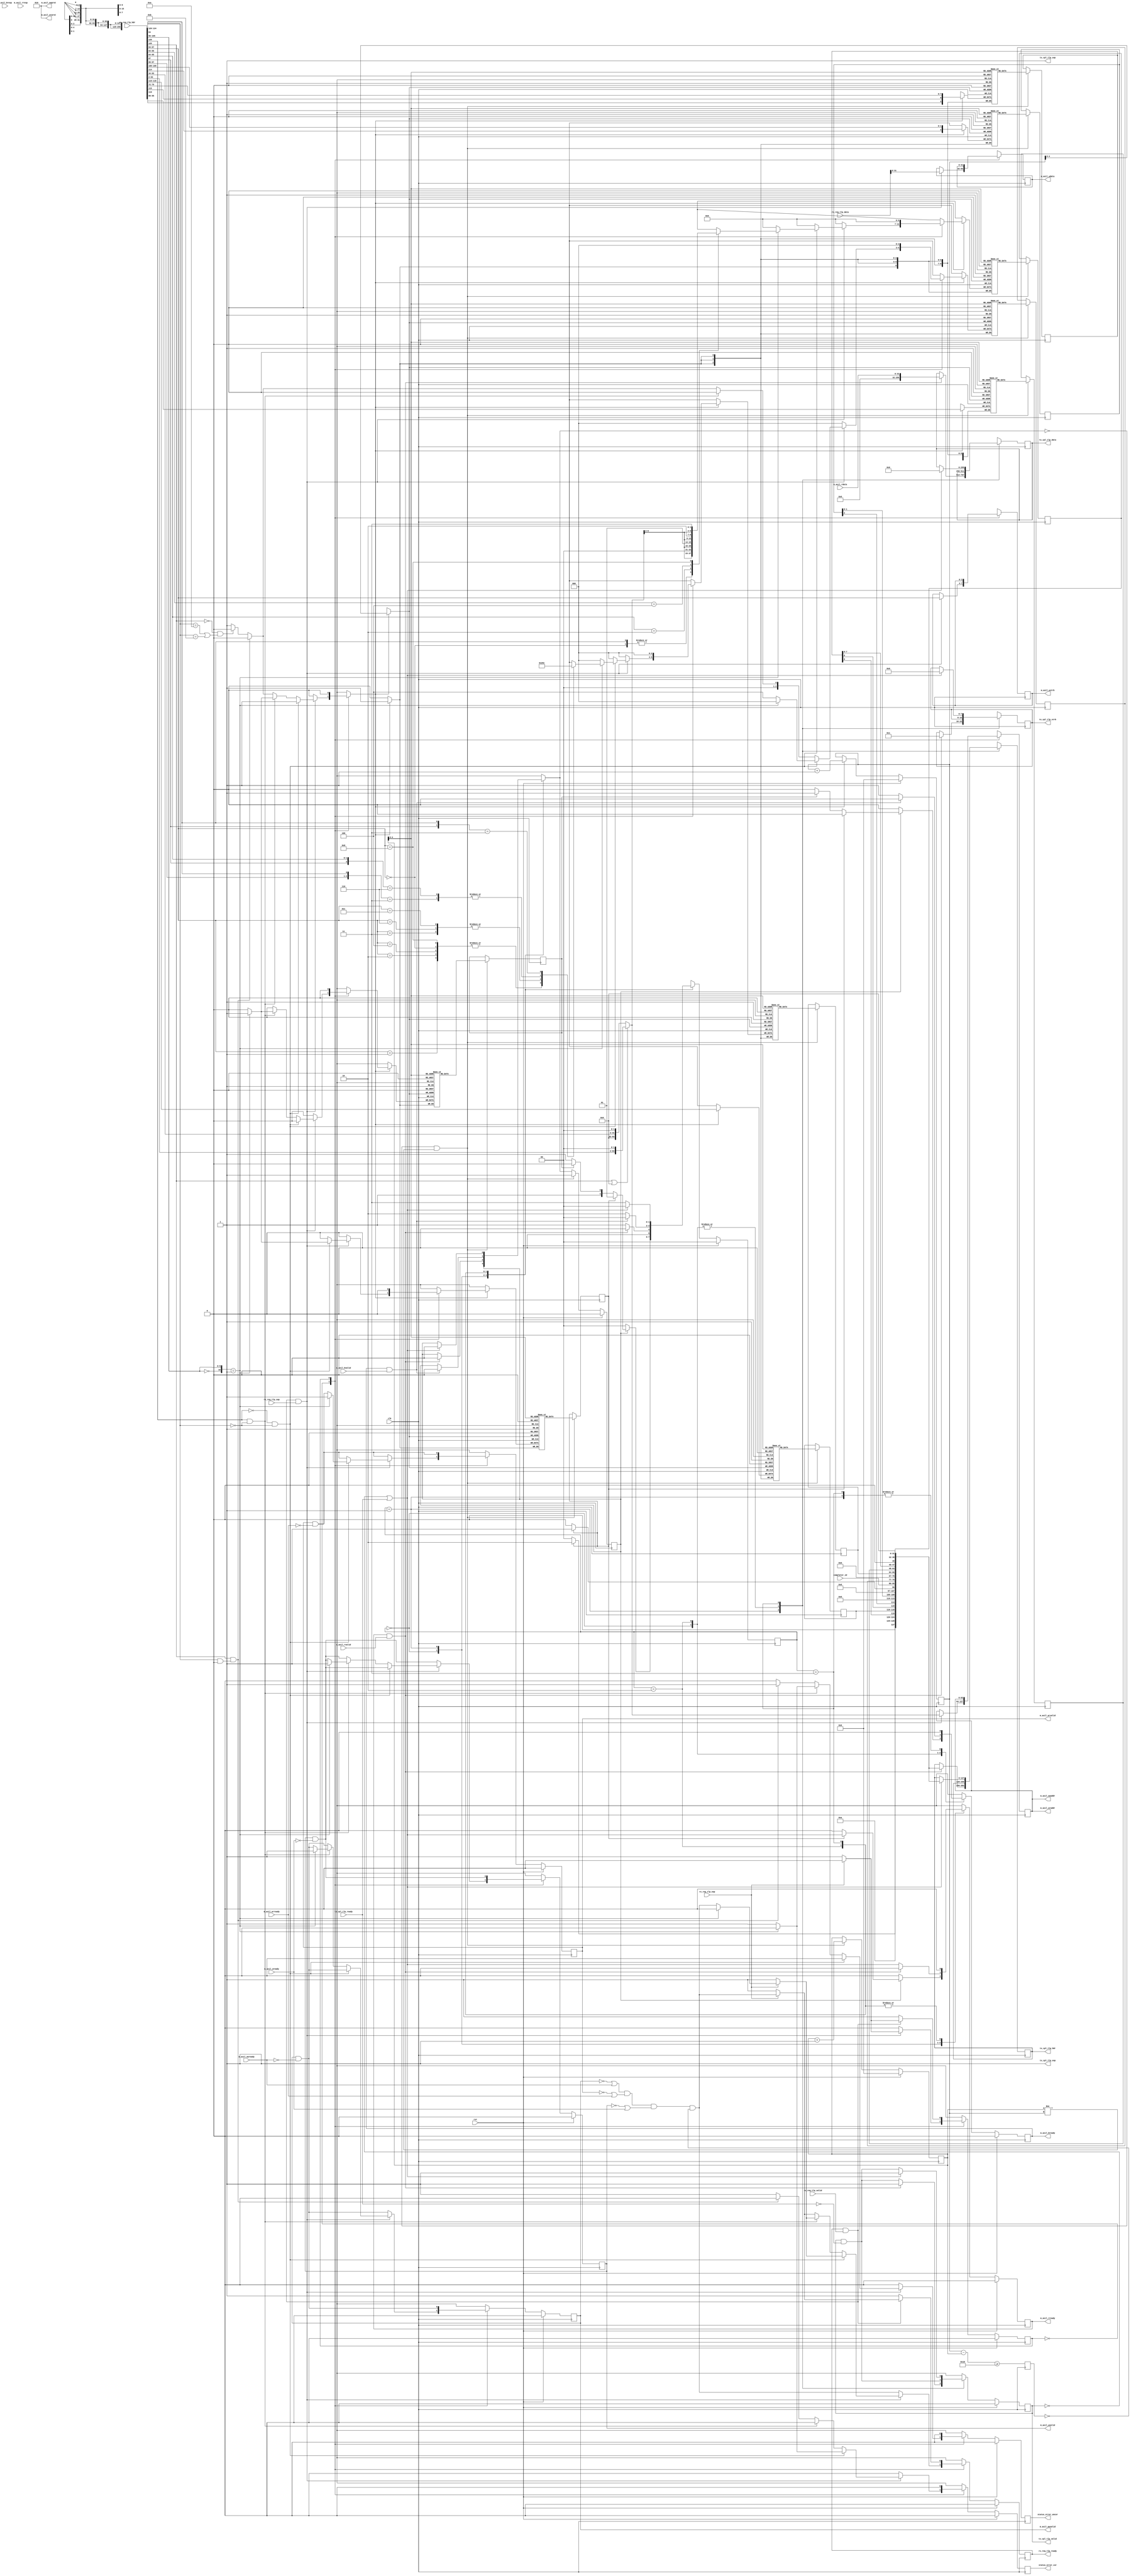
/*

Copyright (c) 2021 Alex Forencich

Permission is hereby granted, free of charge, to any person obtaining a copy
of this software and associated documentation files (the "Software"), to deal
in the Software without restriction, including without limitation the rights
to use, copy, modify, merge, publish, distribute, sublicense, and/or sell
copies of the Software, and to permit persons to whom the Software is
furnished to do so, subject to the following conditions:

The above copyright notice and this permission notice shall be included in
all copies or substantial portions of the Software.

THE SOFTWARE IS PROVIDED "AS IS", WITHOUT WARRANTY OF ANY KIND, EXPRESS OR
IMPLIED, INCLUDING BUT NOT LIMITED TO THE WARRANTIES OF MERCHANTABILITY
FITNESS FOR A PARTICULAR PURPOSE AND NONINFRINGEMENT. IN NO EVENT SHALL THE
AUTHORS OR COPYRIGHT HOLDERS BE LIABLE FOR ANY CLAIM, DAMAGES OR OTHER
LIABILITY, WHETHER IN AN ACTION OF CONTRACT, TORT OR OTHERWISE, ARISING FROM,
OUT OF OR IN CONNECTION WITH THE SOFTWARE OR THE USE OR OTHER DEALINGS IN
THE SOFTWARE.

*/

// Language: Verilog 2001

`resetall
`timescale 1ns / 1ps
`default_nettype none

/*
 * PCIe AXI Lite Master (minimal version, supports only aligned, 1 DW operations)
 */
module pcie_axil_master_minimal #
(
    // TLP data width
    parameter TLP_DATA_WIDTH = 256,
    // TLP strobe width
    parameter TLP_STRB_WIDTH = TLP_DATA_WIDTH/32,
    // TLP header width
    parameter TLP_HDR_WIDTH = 128,
    // TLP segment count
    parameter TLP_SEG_COUNT = 1,
    // Width of AXI lite data bus in bits
    parameter AXIL_DATA_WIDTH = 32,
    // Width of AXI lite address bus in bits
    parameter AXIL_ADDR_WIDTH = 64,
    // Width of AXI lite wstrb (width of data bus in words)
    parameter AXIL_STRB_WIDTH = (AXIL_DATA_WIDTH/8),
    // Force 64 bit address
    parameter TLP_FORCE_64_BIT_ADDR = 0
)
(
    input  wire                                    clk,
    input  wire                                    rst,

    /*
     * TLP input (request)
     */
    input  wire [TLP_DATA_WIDTH-1:0]               rx_req_tlp_data,
    input  wire [TLP_SEG_COUNT*TLP_HDR_WIDTH-1:0]  rx_req_tlp_hdr,
    input  wire [TLP_SEG_COUNT-1:0]                rx_req_tlp_valid,
    input  wire [TLP_SEG_COUNT-1:0]                rx_req_tlp_sop,
    input  wire [TLP_SEG_COUNT-1:0]                rx_req_tlp_eop,
    output wire                                    rx_req_tlp_ready,

    /*
     * TLP output (completion)
     */
    output wire [TLP_DATA_WIDTH-1:0]               tx_cpl_tlp_data,
    output wire [TLP_STRB_WIDTH-1:0]               tx_cpl_tlp_strb,
    output wire [TLP_SEG_COUNT*TLP_HDR_WIDTH-1:0]  tx_cpl_tlp_hdr,
    output wire [TLP_SEG_COUNT-1:0]                tx_cpl_tlp_valid,
    output wire [TLP_SEG_COUNT-1:0]                tx_cpl_tlp_sop,
    output wire [TLP_SEG_COUNT-1:0]                tx_cpl_tlp_eop,
    input  wire                                    tx_cpl_tlp_ready,

    /*
     * AXI Lite Master output
     */
    output wire [AXIL_ADDR_WIDTH-1:0]              m_axil_awaddr,
    output wire [2:0]                              m_axil_awprot,
    output wire                                    m_axil_awvalid,
    input  wire                                    m_axil_awready,
    output wire [AXIL_DATA_WIDTH-1:0]              m_axil_wdata,
    output wire [AXIL_STRB_WIDTH-1:0]              m_axil_wstrb,
    output wire                                    m_axil_wvalid,
    input  wire                                    m_axil_wready,
    input  wire [1:0]                              m_axil_bresp,
    input  wire                                    m_axil_bvalid,
    output wire                                    m_axil_bready,
    output wire [AXIL_ADDR_WIDTH-1:0]              m_axil_araddr,
    output wire [2:0]                              m_axil_arprot,
    output wire                                    m_axil_arvalid,
    input  wire                                    m_axil_arready,
    input  wire [AXIL_DATA_WIDTH-1:0]              m_axil_rdata,
    input  wire [1:0]                              m_axil_rresp,
    input  wire                                    m_axil_rvalid,
    output wire                                    m_axil_rready,

    /*
     * Configuration
     */
    input  wire [15:0]                             completer_id,

    /*
     * Status
     */
    output wire                                    status_error_cor,
    output wire                                    status_error_uncor
);

parameter TLP_DATA_WIDTH_BYTES = TLP_DATA_WIDTH/8;
parameter TLP_DATA_WIDTH_DWORDS = TLP_DATA_WIDTH/32;

parameter RESP_FIFO_ADDR_WIDTH = 5;

// bus width assertions
initial begin
    if (TLP_SEG_COUNT != 1) begin
        $error("Error: TLP segment count must be 1 (instance %m)");
        $finish;
    end

    if (TLP_HDR_WIDTH != 128) begin
        $error("Error: TLP segment header width must be 128 (instance %m)");
        $finish;
    end

    if (TLP_STRB_WIDTH*32 != TLP_DATA_WIDTH) begin
        $error("Error: PCIe interface requires dword (32-bit) granularity (instance %m)");
        $finish;
    end

    if (AXIL_DATA_WIDTH != 32) begin
        $error("Error: AXI lite interface width must be 32 (instance %m)");
        $finish;
    end

    if (AXIL_STRB_WIDTH * 8 != AXIL_DATA_WIDTH) begin
        $error("Error: AXI lite interface requires byte (8-bit) granularity (instance %m)");
        $finish;
    end
end

localparam [2:0]
    TLP_FMT_3DW = 3'b000,
    TLP_FMT_4DW = 3'b001,
    TLP_FMT_3DW_DATA = 3'b010,
    TLP_FMT_4DW_DATA = 3'b011,
    TLP_FMT_PREFIX = 3'b100;

localparam [2:0]
    CPL_STATUS_SC  = 3'b000, // successful completion
    CPL_STATUS_UR  = 3'b001, // unsupported request
    CPL_STATUS_CRS = 3'b010, // configuration request retry status
    CPL_STATUS_CA  = 3'b100; // completer abort

localparam [0:0]
    REQ_STATE_IDLE = 1'd0,
    REQ_STATE_WAIT_END = 1'd1;

reg [0:0] req_state_reg = REQ_STATE_IDLE, req_state_next;

localparam [1:0]
    RESP_STATE_IDLE = 2'd0,
    RESP_STATE_READ = 2'd1,
    RESP_STATE_WRITE = 2'd2,
    RESP_STATE_CPL = 2'd3;

reg [1:0] resp_state_reg = RESP_STATE_IDLE, resp_state_next;

reg [2:0] rx_req_tlp_hdr_fmt;
reg [4:0] rx_req_tlp_hdr_type;
reg [2:0] rx_req_tlp_hdr_tc;
reg rx_req_tlp_hdr_ln;
reg rx_req_tlp_hdr_th;
reg rx_req_tlp_hdr_td;
reg rx_req_tlp_hdr_ep;
reg [2:0] rx_req_tlp_hdr_attr;
reg [1:0] rx_req_tlp_hdr_at;
reg [10:0] rx_req_tlp_hdr_length;
reg [15:0] rx_req_tlp_hdr_requester_id;
reg [9:0] rx_req_tlp_hdr_tag;
reg [7:0] rx_req_tlp_hdr_last_be;
reg [7:0] rx_req_tlp_hdr_first_be;
reg [63:0] rx_req_tlp_hdr_addr;
reg [1:0] rx_req_tlp_hdr_ph;

reg [127:0] cpl_tlp_hdr;

reg [RESP_FIFO_ADDR_WIDTH+1-1:0] resp_fifo_wr_ptr_reg = 0;
reg [RESP_FIFO_ADDR_WIDTH+1-1:0] resp_fifo_rd_ptr_reg = 0, resp_fifo_rd_ptr_next;

(* ram_style = "distributed", ramstyle = "no_rw_check, mlab" *)
reg resp_fifo_op_read[(2**RESP_FIFO_ADDR_WIDTH)-1:0];
(* ram_style = "distributed", ramstyle = "no_rw_check, mlab" *)
reg resp_fifo_op_write[(2**RESP_FIFO_ADDR_WIDTH)-1:0];
(* ram_style = "distributed", ramstyle = "no_rw_check, mlab" *)
reg [2:0] resp_fifo_cpl_status[(2**RESP_FIFO_ADDR_WIDTH)-1:0];
(* ram_style = "distributed", ramstyle = "no_rw_check, mlab" *)
reg [2:0] resp_fifo_byte_count[(2**RESP_FIFO_ADDR_WIDTH)-1:0];
(* ram_style = "distributed", ramstyle = "no_rw_check, mlab" *)
reg [6:0] resp_fifo_lower_addr[(2**RESP_FIFO_ADDR_WIDTH)-1:0];
(* ram_style = "distributed", ramstyle = "no_rw_check, mlab" *)
reg [15:0] resp_fifo_requester_id[(2**RESP_FIFO_ADDR_WIDTH)-1:0];
(* ram_style = "distributed", ramstyle = "no_rw_check, mlab" *)
reg [9:0] resp_fifo_tag[(2**RESP_FIFO_ADDR_WIDTH)-1:0];
(* ram_style = "distributed", ramstyle = "no_rw_check, mlab" *)
reg [2:0] resp_fifo_tc[(2**RESP_FIFO_ADDR_WIDTH)-1:0];
(* ram_style = "distributed", ramstyle = "no_rw_check, mlab" *)
reg [2:0] resp_fifo_attr[(2**RESP_FIFO_ADDR_WIDTH)-1:0];

reg resp_fifo_wr_op_read;
reg resp_fifo_wr_op_write;
reg [2:0] resp_fifo_wr_cpl_status;
reg [2:0] resp_fifo_wr_byte_count;
reg [6:0] resp_fifo_wr_lower_addr;
reg [15:0] resp_fifo_wr_requester_id;
reg [9:0] resp_fifo_wr_tag;
reg [2:0] resp_fifo_wr_tc;
reg [2:0] resp_fifo_wr_attr;
reg resp_fifo_we;
reg resp_fifo_half_full_reg = 1'b0;

reg resp_fifo_rd_op_read_reg = 1'b0, resp_fifo_rd_op_read_next;
reg resp_fifo_rd_op_write_reg = 1'b0, resp_fifo_rd_op_write_next;
reg [2:0] resp_fifo_rd_cpl_status_reg = CPL_STATUS_SC, resp_fifo_rd_cpl_status_next;
reg [2:0] resp_fifo_rd_byte_count_reg = 3'd0, resp_fifo_rd_byte_count_next;
reg [6:0] resp_fifo_rd_lower_addr_reg = 7'd0, resp_fifo_rd_lower_addr_next;
reg [15:0] resp_fifo_rd_requester_id_reg = 16'd0, resp_fifo_rd_requester_id_next;
reg [9:0] resp_fifo_rd_tag_reg = 10'd0, resp_fifo_rd_tag_next;
reg [2:0] resp_fifo_rd_tc_reg = 3'd0, resp_fifo_rd_tc_next;
reg [2:0] resp_fifo_rd_attr_reg = 3'd0, resp_fifo_rd_attr_next;
reg resp_fifo_rd_valid_reg = 1'b0, resp_fifo_rd_valid_next;

reg rx_req_tlp_ready_reg = 1'b0, rx_req_tlp_ready_next;

reg [TLP_DATA_WIDTH-1:0] tx_cpl_tlp_data_reg = 0, tx_cpl_tlp_data_next;
reg [TLP_STRB_WIDTH-1:0] tx_cpl_tlp_strb_reg = 0, tx_cpl_tlp_strb_next;
reg [TLP_SEG_COUNT*TLP_HDR_WIDTH-1:0] tx_cpl_tlp_hdr_reg = 0, tx_cpl_tlp_hdr_next;
reg [TLP_SEG_COUNT-1:0] tx_cpl_tlp_valid_reg = 0, tx_cpl_tlp_valid_next;

reg [AXIL_ADDR_WIDTH-1:0] m_axil_addr_reg = {AXIL_ADDR_WIDTH{1'b0}}, m_axil_addr_next;
reg m_axil_awvalid_reg = 1'b0, m_axil_awvalid_next;
reg [AXIL_DATA_WIDTH-1:0] m_axil_wdata_reg = {AXIL_DATA_WIDTH{1'b0}}, m_axil_wdata_next;
reg [AXIL_STRB_WIDTH-1:0] m_axil_wstrb_reg = {AXIL_STRB_WIDTH{1'b0}}, m_axil_wstrb_next;
reg m_axil_wvalid_reg = 1'b0, m_axil_wvalid_next;
reg m_axil_bready_reg = 1'b0, m_axil_bready_next;
reg m_axil_arvalid_reg = 1'b0, m_axil_arvalid_next;
reg m_axil_rready_reg = 1'b0, m_axil_rready_next;

reg status_error_cor_reg = 1'b0, status_error_cor_next;
reg status_error_uncor_reg = 1'b0, status_error_uncor_next;

assign rx_req_tlp_ready = rx_req_tlp_ready_reg;

assign tx_cpl_tlp_data = tx_cpl_tlp_data_reg;
assign tx_cpl_tlp_strb = tx_cpl_tlp_strb_reg;
assign tx_cpl_tlp_hdr = tx_cpl_tlp_hdr_reg;
assign tx_cpl_tlp_valid = tx_cpl_tlp_valid_reg;
assign tx_cpl_tlp_sop = 1'b1;
assign tx_cpl_tlp_eop = 1'b1;

assign m_axil_awaddr = m_axil_addr_reg;
assign m_axil_awprot = 3'b010;
assign m_axil_awvalid = m_axil_awvalid_reg;
assign m_axil_wdata = m_axil_wdata_reg;
assign m_axil_wstrb = m_axil_wstrb_reg;
assign m_axil_wvalid = m_axil_wvalid_reg;
assign m_axil_bready = m_axil_bready_reg;
assign m_axil_araddr = m_axil_addr_reg;
assign m_axil_arprot = 3'b010;
assign m_axil_arvalid = m_axil_arvalid_reg;
assign m_axil_rready = m_axil_rready_reg;

assign status_error_cor = status_error_cor_reg;
assign status_error_uncor = status_error_uncor_reg;

always @* begin
    req_state_next = REQ_STATE_IDLE;

    rx_req_tlp_ready_next = 1'b0;

    m_axil_addr_next = m_axil_addr_reg;
    m_axil_awvalid_next = m_axil_awvalid_reg && !m_axil_awready;
    m_axil_wdata_next = m_axil_wdata_reg;
    m_axil_wstrb_next = m_axil_wstrb_reg;
    m_axil_wvalid_next = m_axil_wvalid_reg && !m_axil_wready;
    m_axil_arvalid_next = m_axil_arvalid_reg && !m_axil_arready;

    status_error_cor_next = 1'b0;
    status_error_uncor_next = 1'b0;

    // TLP header parsing
    // DW 0
    rx_req_tlp_hdr_fmt = rx_req_tlp_hdr[127:125]; // fmt
    rx_req_tlp_hdr_type = rx_req_tlp_hdr[124:120]; // type
    rx_req_tlp_hdr_tag[9] = rx_req_tlp_hdr[119]; // T9
    rx_req_tlp_hdr_tc = rx_req_tlp_hdr[118:116]; // TC
    rx_req_tlp_hdr_tag[8] = rx_req_tlp_hdr[115]; // T8
    rx_req_tlp_hdr_attr[2] = rx_req_tlp_hdr[114]; // attr
    rx_req_tlp_hdr_ln = rx_req_tlp_hdr[113]; // LN
    rx_req_tlp_hdr_th = rx_req_tlp_hdr[112]; // TH
    rx_req_tlp_hdr_td = rx_req_tlp_hdr[111]; // TD
    rx_req_tlp_hdr_ep = rx_req_tlp_hdr[110]; // EP
    rx_req_tlp_hdr_attr[1:0] = rx_req_tlp_hdr[109:108]; // attr
    rx_req_tlp_hdr_at = rx_req_tlp_hdr[107:106]; // AT
    rx_req_tlp_hdr_length = {rx_req_tlp_hdr[105:96] == 0, rx_req_tlp_hdr[105:96]}; // length
    // DW 1
    rx_req_tlp_hdr_requester_id = rx_req_tlp_hdr[95:80]; // requester ID
    rx_req_tlp_hdr_tag[7:0] = rx_req_tlp_hdr[79:72]; // tag
    rx_req_tlp_hdr_last_be = rx_req_tlp_hdr[71:68]; // last BE
    rx_req_tlp_hdr_first_be = rx_req_tlp_hdr[67:64]; // first BE
    if (rx_req_tlp_hdr_fmt[0] || TLP_FORCE_64_BIT_ADDR) begin
        // 4 DW (64-bit address)
        // DW 2+3
        rx_req_tlp_hdr_addr = {rx_req_tlp_hdr[63:2], 2'b00}; // addr
        rx_req_tlp_hdr_ph = rx_req_tlp_hdr[1:0]; // PH
    end else begin
        // 3 DW (32-bit address)
        // DW 2
        rx_req_tlp_hdr_addr = {rx_req_tlp_hdr[63:34], 2'b00}; // addr
        rx_req_tlp_hdr_ph = rx_req_tlp_hdr[33:32]; // PH
    end

    resp_fifo_wr_op_read = 1'b0;
    resp_fifo_wr_op_write = 1'b0;
    resp_fifo_wr_cpl_status = CPL_STATUS_SC;
    resp_fifo_wr_byte_count = 3'd0;
    resp_fifo_wr_lower_addr = 7'd0;
    resp_fifo_wr_requester_id = rx_req_tlp_hdr_requester_id;
    resp_fifo_wr_tag = rx_req_tlp_hdr_tag;
    resp_fifo_wr_tc = rx_req_tlp_hdr_tc;
    resp_fifo_wr_attr = rx_req_tlp_hdr_attr;
    resp_fifo_we = 1'b0;

    case (req_state_reg)
        REQ_STATE_IDLE: begin
            // idle state; wait for request

            rx_req_tlp_ready_next = (!m_axil_awvalid_reg || m_axil_awready)
                && (!m_axil_arvalid_reg || m_axil_arready)
                && (!m_axil_wvalid_reg || m_axil_wready)
                && !resp_fifo_half_full_reg;

            if (rx_req_tlp_ready && rx_req_tlp_valid && rx_req_tlp_sop) begin
                m_axil_addr_next = rx_req_tlp_hdr_addr;
                m_axil_wdata_next = rx_req_tlp_data[31:0];
                m_axil_wstrb_next = rx_req_tlp_hdr_first_be;

                if (!rx_req_tlp_hdr_fmt[1] && rx_req_tlp_hdr_type == 5'b00000) begin
                    // read request
                    if (rx_req_tlp_hdr_length == 11'd1) begin
                        // length OK

                        // perform read
                        m_axil_arvalid_next = 1'b1;

                        // finish read and return completion
                        resp_fifo_wr_op_read = 1'b1;
                        resp_fifo_wr_op_write = 1'b0;
                        resp_fifo_wr_cpl_status = CPL_STATUS_SC;

                        casez (rx_req_tlp_hdr_first_be)
                            4'b0000: resp_fifo_wr_byte_count = 3'd1;
                            4'b0001: resp_fifo_wr_byte_count = 3'd1;
                            4'b0010: resp_fifo_wr_byte_count = 3'd1;
                            4'b0100: resp_fifo_wr_byte_count = 3'd1;
                            4'b1000: resp_fifo_wr_byte_count = 3'd1;
                            4'b0011: resp_fifo_wr_byte_count = 3'd2;
                            4'b0110: resp_fifo_wr_byte_count = 3'd2;
                            4'b1100: resp_fifo_wr_byte_count = 3'd2;
                            4'b01z1: resp_fifo_wr_byte_count = 3'd3;
                            4'b1z10: resp_fifo_wr_byte_count = 3'd3;
                            4'b1zz1: resp_fifo_wr_byte_count = 3'd4;
                        endcase

                        casez (rx_req_tlp_hdr_first_be)
                            4'b0000: resp_fifo_wr_lower_addr = {rx_req_tlp_hdr_addr[6:2], 2'b00};
                            4'bzzz1: resp_fifo_wr_lower_addr = {rx_req_tlp_hdr_addr[6:2], 2'b00};
                            4'bzz10: resp_fifo_wr_lower_addr = {rx_req_tlp_hdr_addr[6:2], 2'b01};
                            4'bz100: resp_fifo_wr_lower_addr = {rx_req_tlp_hdr_addr[6:2], 2'b10};
                            4'b1000: resp_fifo_wr_lower_addr = {rx_req_tlp_hdr_addr[6:2], 2'b11};
                        endcase

                        rx_req_tlp_ready_next = 1'b0;
                    end else begin
                        // bad length
                        // report correctable error
                        status_error_cor_next = 1'b1;

                        // return CA completion
                        resp_fifo_wr_op_read = 1'b0;
                        resp_fifo_wr_op_write = 1'b0;
                        resp_fifo_wr_cpl_status = CPL_STATUS_CA;
                        resp_fifo_wr_byte_count = 3'd0;
                        resp_fifo_wr_lower_addr = 7'd0;
                    end

                    resp_fifo_wr_requester_id = rx_req_tlp_hdr_requester_id;
                    resp_fifo_wr_tag = rx_req_tlp_hdr_tag;
                    resp_fifo_wr_tc = rx_req_tlp_hdr_tc;
                    resp_fifo_wr_attr = rx_req_tlp_hdr_attr;
                    resp_fifo_we = 1'b1;

                    if (rx_req_tlp_eop) begin
                        req_state_next = REQ_STATE_IDLE;
                    end else begin
                        rx_req_tlp_ready_next = 1'b1;
                        req_state_next = REQ_STATE_WAIT_END;
                    end
                end else if (rx_req_tlp_hdr_fmt[1] && rx_req_tlp_hdr_type == 5'b00000) begin
                    // write request
                    if (rx_req_tlp_hdr_length == 11'd1) begin
                        // length OK

                        // perform write
                        m_axil_awvalid_next = 1'b1;
                        m_axil_wvalid_next = 1'b1;

                        // entry in FIFO for proper response ordering
                        resp_fifo_wr_op_read = 1'b0;
                        resp_fifo_wr_op_write = 1'b1;
                        resp_fifo_we = 1'b1;

                        rx_req_tlp_ready_next = 1'b0;
                    end else begin
                        // bad length
                        // report uncorrectable error
                        status_error_uncor_next = 1'b1;
                    end

                    if (rx_req_tlp_eop) begin
                        req_state_next = REQ_STATE_IDLE;
                    end else begin
                        rx_req_tlp_ready_next = 1'b1;
                        req_state_next = REQ_STATE_WAIT_END;
                    end
                end else begin
                    // other request
                    if (rx_req_tlp_hdr_fmt[0] && rx_req_tlp_hdr_type & 5'b11000 == 5'b10000) begin
                        // message - posted, no completion
                        // report uncorrectable error
                        status_error_uncor_next = 1'b1;
                    end else if (!rx_req_tlp_hdr_fmt[0] && (rx_req_tlp_hdr_type == 5'b01010 || rx_req_tlp_hdr_type == 5'b01011)) begin
                        // completion TLP
                        // unexpected completion, advisory non-fatal error
                        // report correctable error
                        status_error_cor_next = 1'b1;
                    end else begin
                        // other non-posted request, send UR completion
                        // report correctable error
                        status_error_cor_next = 1'b1;

                        // UR completion
                        resp_fifo_wr_op_read = 1'b0;
                        resp_fifo_wr_op_write = 1'b0;
                        resp_fifo_wr_cpl_status = CPL_STATUS_UR;
                        resp_fifo_wr_byte_count = 3'd0;
                        resp_fifo_wr_lower_addr = 7'd0;
                        resp_fifo_wr_requester_id = rx_req_tlp_hdr_requester_id;
                        resp_fifo_wr_tag = rx_req_tlp_hdr_tag;
                        resp_fifo_wr_tc = rx_req_tlp_hdr_tc;
                        resp_fifo_wr_attr = rx_req_tlp_hdr_attr;
                        resp_fifo_we = 1'b1;
                    end

                    if (rx_req_tlp_eop) begin
                        req_state_next = REQ_STATE_IDLE;
                    end else begin
                        rx_req_tlp_ready_next = 1'b1;
                        req_state_next = REQ_STATE_WAIT_END;
                    end
                end
            end else begin
                req_state_next = REQ_STATE_IDLE;
            end
        end
        REQ_STATE_WAIT_END: begin
            // wait end state, wait for end of TLP
            rx_req_tlp_ready_next = 1'b1;

            if (rx_req_tlp_ready && rx_req_tlp_valid) begin
                if (rx_req_tlp_eop) begin

                    rx_req_tlp_ready_next = (!m_axil_awvalid_reg || m_axil_awready)
                        && (!m_axil_arvalid_reg || m_axil_arready)
                        && (!m_axil_wvalid_reg || m_axil_wready)
                        && !resp_fifo_half_full_reg;

                    req_state_next = REQ_STATE_IDLE;
                end else begin
                    req_state_next = REQ_STATE_WAIT_END;
                end
            end else begin
                req_state_next = REQ_STATE_WAIT_END;
            end
        end
    endcase
end

always @* begin
    resp_state_next = RESP_STATE_IDLE;

    resp_fifo_rd_ptr_next = resp_fifo_rd_ptr_reg;

    resp_fifo_rd_op_read_next = resp_fifo_rd_op_read_reg;
    resp_fifo_rd_op_write_next = resp_fifo_rd_op_write_reg;
    resp_fifo_rd_cpl_status_next = resp_fifo_rd_cpl_status_reg;
    resp_fifo_rd_byte_count_next = resp_fifo_rd_byte_count_reg;
    resp_fifo_rd_lower_addr_next = resp_fifo_rd_lower_addr_reg;
    resp_fifo_rd_requester_id_next = resp_fifo_rd_requester_id_reg;
    resp_fifo_rd_tag_next = resp_fifo_rd_tag_reg;
    resp_fifo_rd_tc_next = resp_fifo_rd_tc_reg;
    resp_fifo_rd_attr_next = resp_fifo_rd_attr_reg;
    resp_fifo_rd_valid_next = resp_fifo_rd_valid_reg;

    tx_cpl_tlp_data_next = tx_cpl_tlp_data_reg;
    tx_cpl_tlp_strb_next = tx_cpl_tlp_strb_reg;
    tx_cpl_tlp_hdr_next = tx_cpl_tlp_hdr_reg;
    tx_cpl_tlp_valid_next = tx_cpl_tlp_valid_reg && !tx_cpl_tlp_ready;

    m_axil_bready_next = 1'b0;
    m_axil_rready_next = 1'b0;

    // TLP header
    // DW 0
    cpl_tlp_hdr[127:125] = resp_fifo_rd_op_read_reg ? TLP_FMT_3DW_DATA : TLP_FMT_3DW; // fmt
    cpl_tlp_hdr[124:120] = 5'b01010; // type
    cpl_tlp_hdr[119] = resp_fifo_rd_tag_reg[9]; // T9
    cpl_tlp_hdr[118:116] = resp_fifo_rd_tc_reg; // TC
    cpl_tlp_hdr[115] = resp_fifo_rd_tag_reg[8]; // T8
    cpl_tlp_hdr[114] = resp_fifo_rd_attr_reg[2]; // attr
    cpl_tlp_hdr[113] = 1'b0; // LN
    cpl_tlp_hdr[112] = 1'b0; // TH
    cpl_tlp_hdr[111] = 1'b0; // TD
    cpl_tlp_hdr[110] = 1'b0; // EP
    cpl_tlp_hdr[109:108] = resp_fifo_rd_attr_reg[1:0]; // attr
    cpl_tlp_hdr[107:106] = 2'b00; // AT
    cpl_tlp_hdr[105:96] = resp_fifo_rd_op_read_reg ? 1 : 0; // length
    // DW 1
    cpl_tlp_hdr[95:80] = completer_id; // completer ID
    cpl_tlp_hdr[79:77] = resp_fifo_rd_cpl_status_reg; // completion status
    cpl_tlp_hdr[76] = 1'b0; // BCM
    cpl_tlp_hdr[75:64] = resp_fifo_rd_byte_count_reg; // byte count
    // DW 2
    cpl_tlp_hdr[63:48] = resp_fifo_rd_requester_id_reg; // requester ID
    cpl_tlp_hdr[47:40] = resp_fifo_rd_tag_reg[7:0]; // tag
    cpl_tlp_hdr[39] = 1'b0;
    cpl_tlp_hdr[38:32] = resp_fifo_rd_lower_addr_reg; // lower address
    cpl_tlp_hdr[31:0] = 32'd0;

    case (resp_state_reg)
        RESP_STATE_IDLE: begin
            // idle state - wait for operation

            if (resp_fifo_rd_valid_reg) begin
                if (resp_fifo_rd_op_read_reg) begin
                    m_axil_rready_next = !tx_cpl_tlp_valid_reg || tx_cpl_tlp_ready;
                    resp_state_next = RESP_STATE_READ;
                end else if (resp_fifo_rd_op_write_reg) begin
                    m_axil_bready_next = 1'b1;
                    resp_state_next = RESP_STATE_WRITE;
                end else begin
                    resp_state_next = RESP_STATE_CPL;
                end
            end else begin
                resp_state_next = RESP_STATE_IDLE;
            end
        end
        RESP_STATE_READ: begin
            // read state - wait for read data and generate completion
            m_axil_rready_next = !tx_cpl_tlp_valid_reg || tx_cpl_tlp_ready;

            if (m_axil_rready && m_axil_rvalid) begin
                m_axil_rready_next = 1'b0;
                tx_cpl_tlp_hdr_next = cpl_tlp_hdr;
                tx_cpl_tlp_data_next = m_axil_rdata;
                tx_cpl_tlp_strb_next = 1;
                tx_cpl_tlp_valid_next = 1'b1;

                resp_fifo_rd_valid_next = 1'b0;
                resp_state_next = RESP_STATE_IDLE;
            end else begin
                resp_state_next = RESP_STATE_READ;
            end
        end
        RESP_STATE_WRITE: begin
            // write state - wait for write response
            m_axil_bready_next = 1'b1;

            if (m_axil_bready && m_axil_bvalid) begin
                m_axil_bready_next = 1'b0;

                resp_fifo_rd_valid_next = 1'b0;
                resp_state_next = RESP_STATE_IDLE;
            end else begin
                resp_state_next = RESP_STATE_WRITE;
            end
        end
        RESP_STATE_CPL: begin
            // completion state - generate completion

            if (!tx_cpl_tlp_valid_reg || tx_cpl_tlp_ready) begin
                tx_cpl_tlp_hdr_next = cpl_tlp_hdr;
                tx_cpl_tlp_data_next = 0;
                tx_cpl_tlp_strb_next = 0;
                tx_cpl_tlp_valid_next = 1'b1;

                resp_fifo_rd_valid_next = 1'b0;
                resp_state_next = RESP_STATE_IDLE;
            end else begin
                resp_state_next = RESP_STATE_CPL;
            end
        end
    endcase

    if (!resp_fifo_rd_valid_next && resp_fifo_rd_ptr_reg != resp_fifo_wr_ptr_reg) begin
        resp_fifo_rd_op_read_next = resp_fifo_op_read[resp_fifo_rd_ptr_reg[RESP_FIFO_ADDR_WIDTH-1:0]];
        resp_fifo_rd_op_write_next = resp_fifo_op_write[resp_fifo_rd_ptr_reg[RESP_FIFO_ADDR_WIDTH-1:0]];
        resp_fifo_rd_cpl_status_next = resp_fifo_cpl_status[resp_fifo_rd_ptr_reg[RESP_FIFO_ADDR_WIDTH-1:0]];
        resp_fifo_rd_byte_count_next = resp_fifo_byte_count[resp_fifo_rd_ptr_reg[RESP_FIFO_ADDR_WIDTH-1:0]];
        resp_fifo_rd_lower_addr_next = resp_fifo_lower_addr[resp_fifo_rd_ptr_reg[RESP_FIFO_ADDR_WIDTH-1:0]];
        resp_fifo_rd_requester_id_next = resp_fifo_requester_id[resp_fifo_rd_ptr_reg[RESP_FIFO_ADDR_WIDTH-1:0]];
        resp_fifo_rd_tag_next = resp_fifo_tag[resp_fifo_rd_ptr_reg[RESP_FIFO_ADDR_WIDTH-1:0]];
        resp_fifo_rd_tc_next = resp_fifo_tc[resp_fifo_rd_ptr_reg[RESP_FIFO_ADDR_WIDTH-1:0]];
        resp_fifo_rd_attr_next = resp_fifo_attr[resp_fifo_rd_ptr_reg[RESP_FIFO_ADDR_WIDTH-1:0]];
        resp_fifo_rd_ptr_next = resp_fifo_rd_ptr_reg + 1;
        resp_fifo_rd_valid_next = 1'b1;
    end
end

always @(posedge clk) begin
    req_state_reg <= req_state_next;
    resp_state_reg <= resp_state_next;

    rx_req_tlp_ready_reg <= rx_req_tlp_ready_next;

    tx_cpl_tlp_data_reg <= tx_cpl_tlp_data_next;
    tx_cpl_tlp_strb_reg <= tx_cpl_tlp_strb_next;
    tx_cpl_tlp_hdr_reg <= tx_cpl_tlp_hdr_next;
    tx_cpl_tlp_valid_reg <= tx_cpl_tlp_valid_next;

    m_axil_addr_reg <= m_axil_addr_next;
    m_axil_awvalid_reg <= m_axil_awvalid_next;
    m_axil_wdata_reg <= m_axil_wdata_next;
    m_axil_wstrb_reg <= m_axil_wstrb_next;
    m_axil_wvalid_reg <= m_axil_wvalid_next;
    m_axil_bready_reg <= m_axil_bready_next;
    m_axil_arvalid_reg <= m_axil_arvalid_next;
    m_axil_rready_reg <= m_axil_rready_next;

    status_error_cor_reg <= status_error_cor_next;
    status_error_uncor_reg <= status_error_uncor_next;

    if (resp_fifo_we) begin
        resp_fifo_op_read[resp_fifo_wr_ptr_reg[RESP_FIFO_ADDR_WIDTH-1:0]] <= resp_fifo_wr_op_read;
        resp_fifo_op_write[resp_fifo_wr_ptr_reg[RESP_FIFO_ADDR_WIDTH-1:0]] <= resp_fifo_wr_op_write;
        resp_fifo_cpl_status[resp_fifo_wr_ptr_reg[RESP_FIFO_ADDR_WIDTH-1:0]] <= resp_fifo_wr_cpl_status;
        resp_fifo_byte_count[resp_fifo_wr_ptr_reg[RESP_FIFO_ADDR_WIDTH-1:0]] <= resp_fifo_wr_byte_count;
        resp_fifo_lower_addr[resp_fifo_wr_ptr_reg[RESP_FIFO_ADDR_WIDTH-1:0]] <= resp_fifo_wr_lower_addr;
        resp_fifo_requester_id[resp_fifo_wr_ptr_reg[RESP_FIFO_ADDR_WIDTH-1:0]] <= resp_fifo_wr_requester_id;
        resp_fifo_tag[resp_fifo_wr_ptr_reg[RESP_FIFO_ADDR_WIDTH-1:0]] <= resp_fifo_wr_tag;
        resp_fifo_tc[resp_fifo_wr_ptr_reg[RESP_FIFO_ADDR_WIDTH-1:0]] <= resp_fifo_wr_tc;
        resp_fifo_attr[resp_fifo_wr_ptr_reg[RESP_FIFO_ADDR_WIDTH-1:0]] <= resp_fifo_wr_attr;
        resp_fifo_wr_ptr_reg <= resp_fifo_wr_ptr_reg + 1;
    end
    resp_fifo_rd_ptr_reg <= resp_fifo_rd_ptr_next;

    resp_fifo_rd_op_read_reg <= resp_fifo_rd_op_read_next;
    resp_fifo_rd_op_write_reg <= resp_fifo_rd_op_write_next;
    resp_fifo_rd_cpl_status_reg <= resp_fifo_rd_cpl_status_next;
    resp_fifo_rd_byte_count_reg <= resp_fifo_rd_byte_count_next;
    resp_fifo_rd_lower_addr_reg <= resp_fifo_rd_lower_addr_next;
    resp_fifo_rd_requester_id_reg <= resp_fifo_rd_requester_id_next;
    resp_fifo_rd_tag_reg <= resp_fifo_rd_tag_next;
    resp_fifo_rd_tc_reg <= resp_fifo_rd_tc_next;
    resp_fifo_rd_attr_reg <= resp_fifo_rd_attr_next;
    resp_fifo_rd_valid_reg <= resp_fifo_rd_valid_next;

    resp_fifo_half_full_reg <= $unsigned(resp_fifo_wr_ptr_reg - resp_fifo_rd_ptr_reg) >= 2**(RESP_FIFO_ADDR_WIDTH-1);

    if (rst) begin
        req_state_reg <= REQ_STATE_IDLE;
        resp_state_reg <= RESP_STATE_IDLE;

        rx_req_tlp_ready_reg <= 1'b0;

        tx_cpl_tlp_valid_reg <= 1'b0;

        m_axil_awvalid_reg <= 1'b0;
        m_axil_wvalid_reg <= 1'b0;
        m_axil_bready_reg <= 1'b0;
        m_axil_arvalid_reg <= 1'b0;
        m_axil_rready_reg <= 1'b0;

        status_error_cor_reg <= 1'b0;
        status_error_uncor_reg <= 1'b0;

        resp_fifo_wr_ptr_reg <= 0;
        resp_fifo_rd_ptr_reg <= 0;
        resp_fifo_rd_valid_reg <= 1'b0;
    end
end

endmodule

`resetall